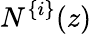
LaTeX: N^{\{ i\} }(z)